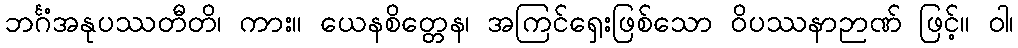
ဘင်္ဂံအနုပဿတီတိ၊ ကား။ ယေနစိတ္တေန၊ အကြင်ရှေးဖြစ်သော ဝိပဿနာဉာဏ် ဖြင့်။ ဝါ၊